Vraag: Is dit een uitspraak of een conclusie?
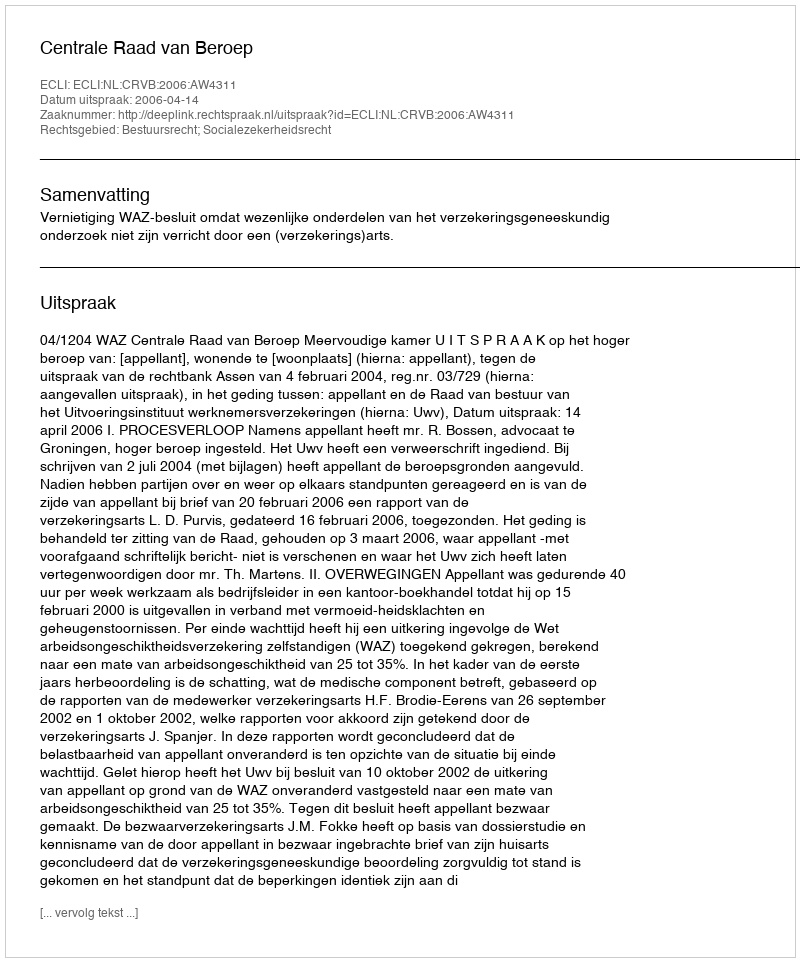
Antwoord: Uitspraak